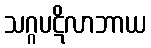
သဂ္ဂပဋိလာဘာယ